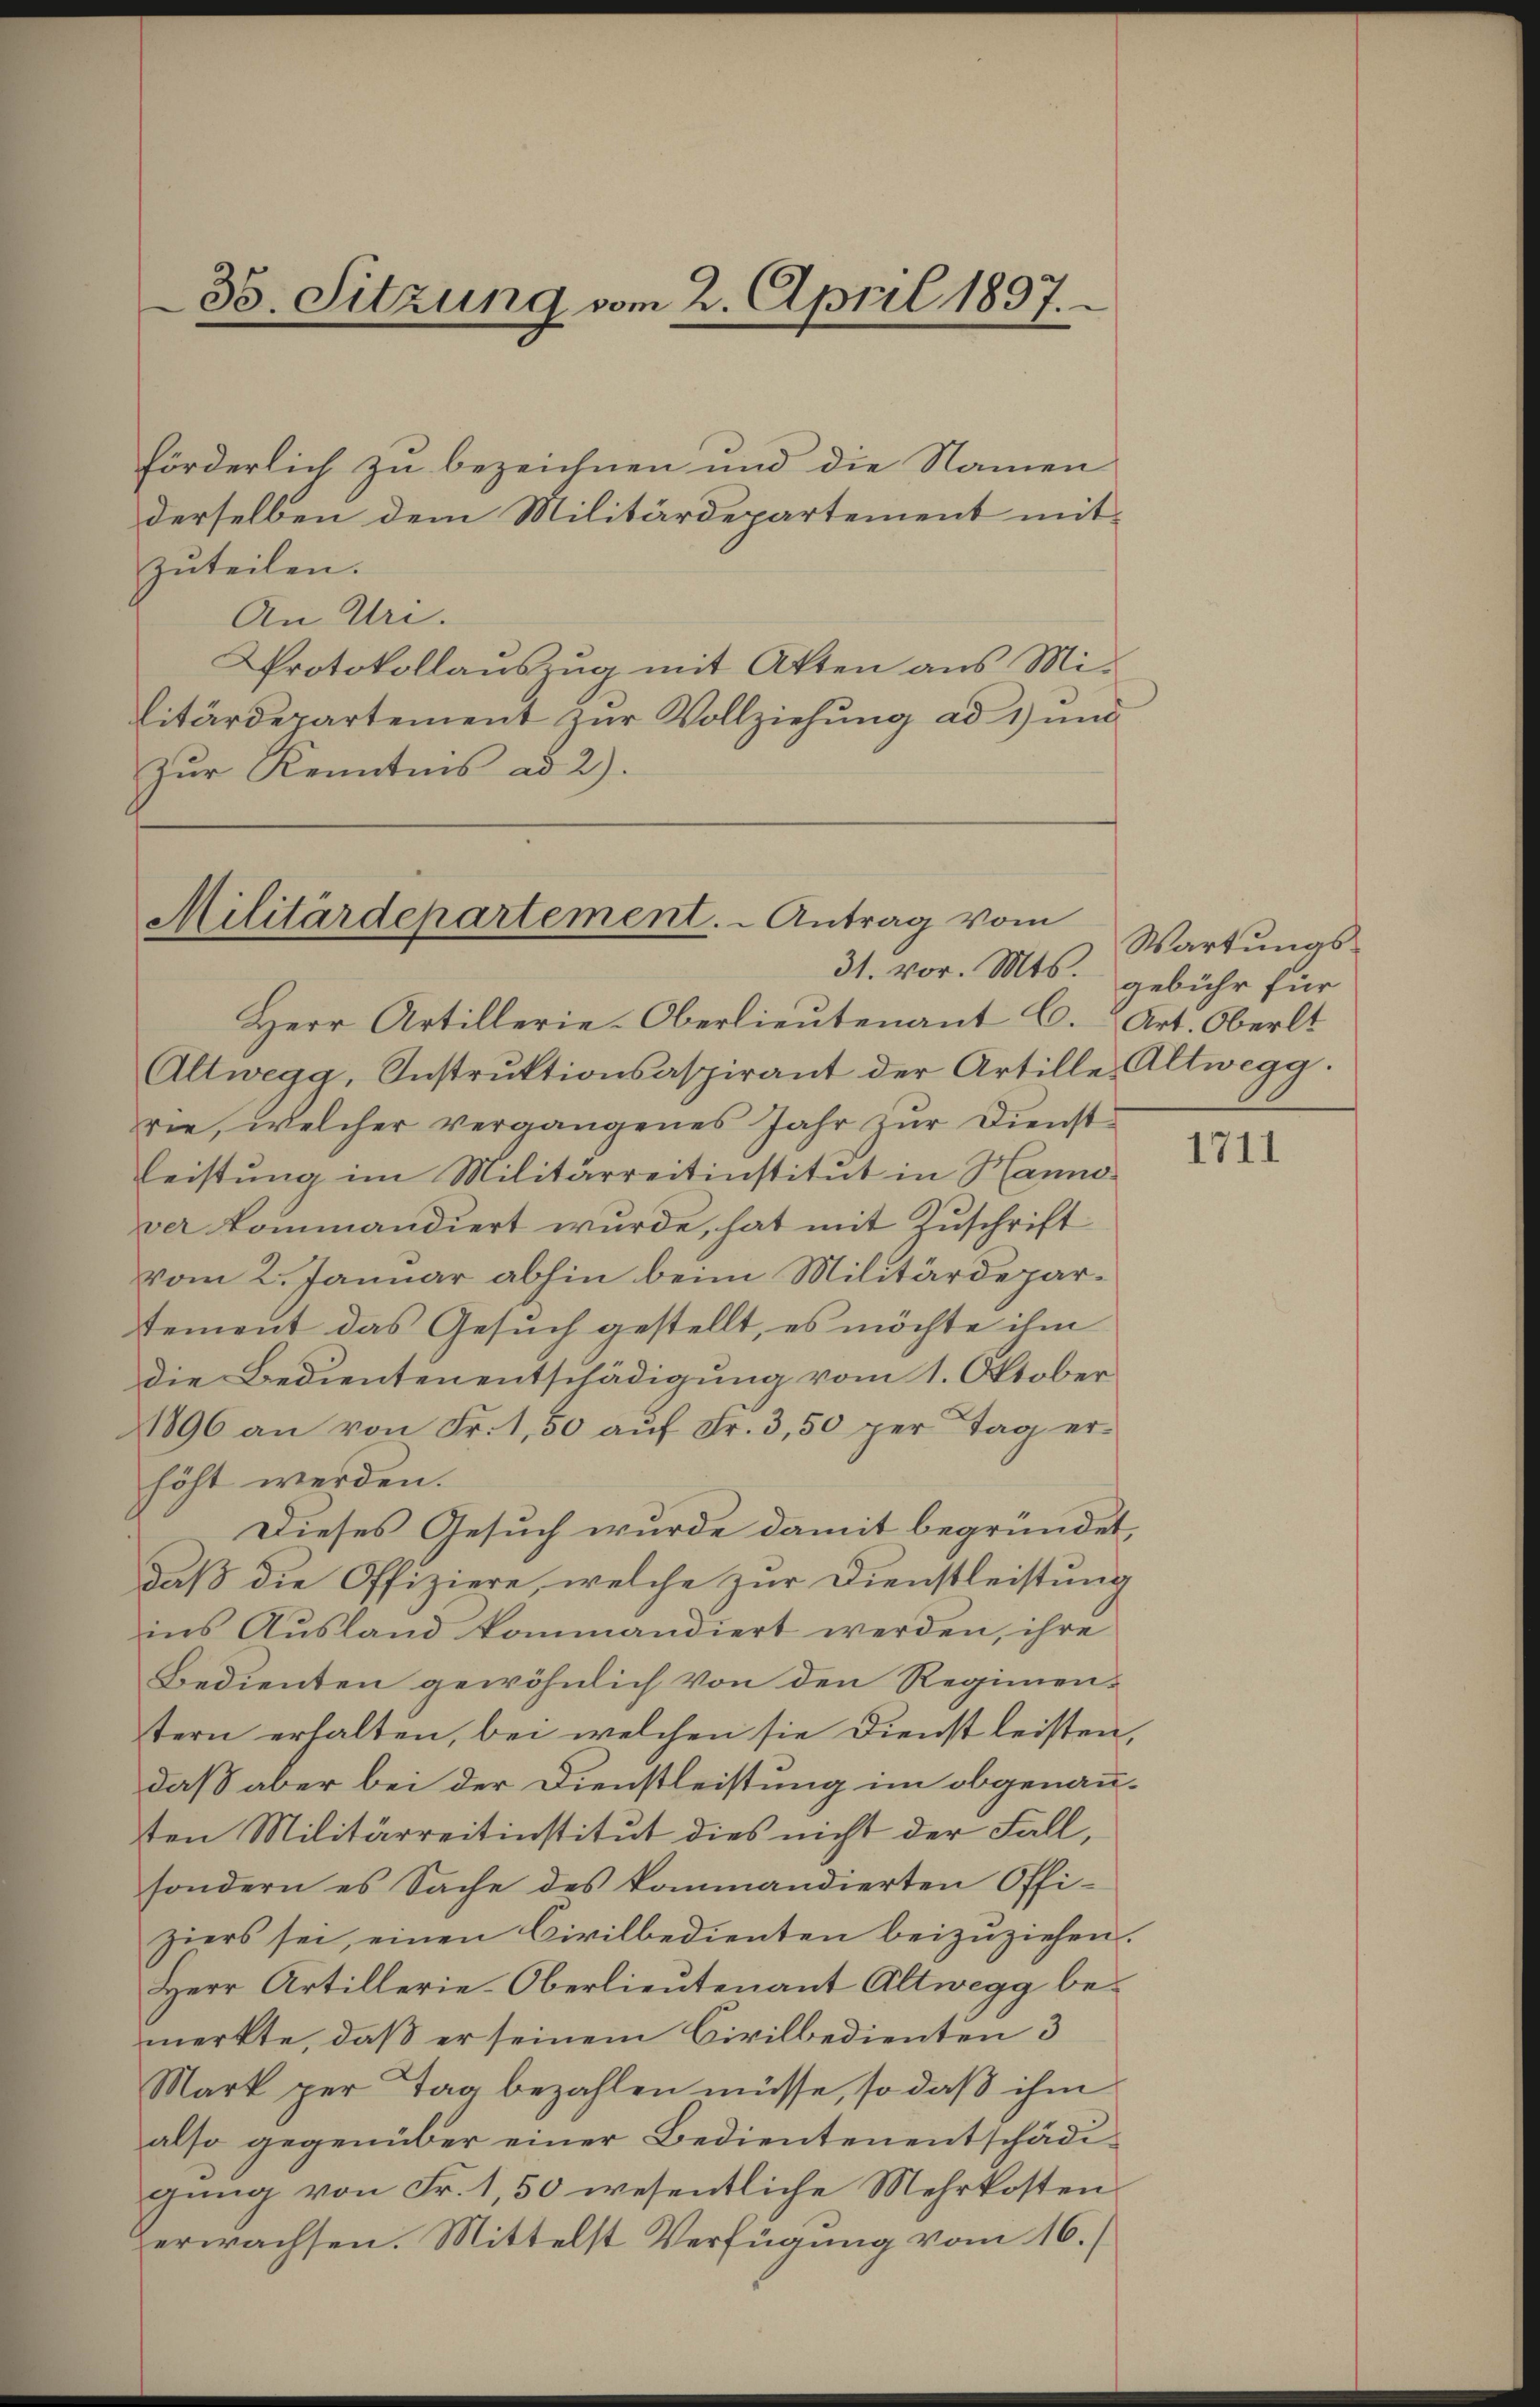
förderlich zu bezeichnen und die Namen
derselben dem Militärdepartement mitzuteilen.
An Uri.
Protokollauszug mit Akten aus Mi-
litärdepartement zur Vollziehung ad 1) und
Zur Kenntnis ad 2).

Herr Artillerie-Oberlieŭtenant C. Art. Oberlt
Altwegg, Instrŭktionsaspirant der Artille Altwegg.
rie, welcher vergangenes Jahr zur Dienstleistung im Militärreitinstitut in Hanno
ver kommandiert wurde, hat mit Zuschrift
vom 2. Januar abhin beim Militärdepartement das Gesuch gestellt, es möchte ihm
die Bedientenentschädigung vom 1. Oktober
1896 an von Fr. 1,50 aŭf Fr. 3,50 per Tag er-
höht werden.
Dieses Gesuch wurde damit begründet,
daß die Offiziere, welche zur Dienstleistung
ins Ausland kommandiert werden, ihre
Bedienten gewöhnlich von den Regimen-
tern erhalten, bei welchen sie Dienst leisten,
daß aber bei der Dienstleistung im obgenannten Militärreitinstitut dies nicht der Fall,
sondern es Sache des kommandierten Offi-
ziers sei, einen Civilbedienten beizuziehen.
Herr Artillerie-Oberlieutenant Altwegg bemerkte, daß er seinem Civilbedienten 3
Mark per Tag bezahlen müsse, so daß ihm
also gegenüber einer Bedienten entschädigung von Fr. 1,50 wesentliche Mehrkostenerwachsen. Mittelst Verfügung vom 16.

35. Sitzung vom 2. April 1837.

Militärdepartement. - Antrag vom
31. vor. Mts.

Wartungsgebühr für

1711